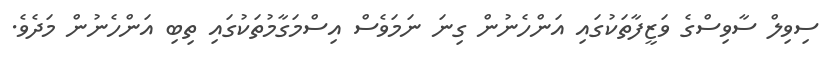
ސިވިލް ސާވިސްގެ ވަޒީފާތަކުގައި އަންހެނުން ގިނަ ނަމަވެސް އިސްމަގާމުތަކުގައި ތިބި އަންހެނުން މަދެވެ.